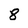
Character: 8